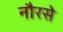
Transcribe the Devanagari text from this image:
नौरसे